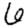
Digit: 6